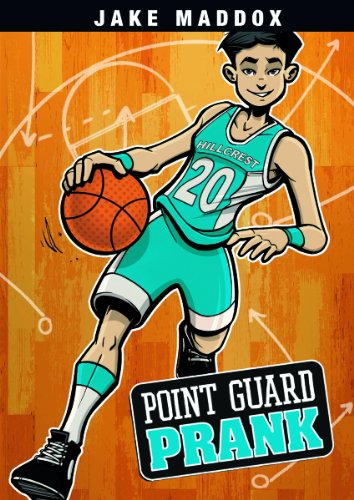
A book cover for Point Guard Prank (Jake Maddox Sports Stories); Jake Maddox; Children's Books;